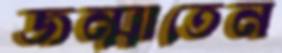
জন্মাতেন